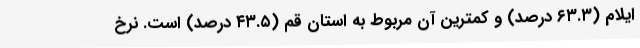
ایلام (٦٣.٣ درصد) و کمترین آن مربوط به استان قم (٤٣.٥ درصد) است. نرخ